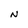
Character: N